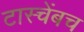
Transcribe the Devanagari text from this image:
टास्चेंबच